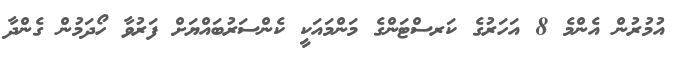
އުމުރުން އެންމެ 8 އަހަރުގެ ކަރސްޓަންގެ މަންމައަކީ ކެންސަރުބައްޔަށް ފަރުވާ ހޯދަމުން ގެންދާ